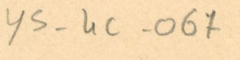
ys- 4C - 067